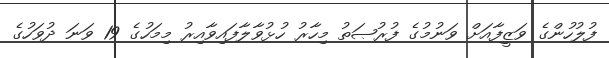
ފުލުހުންގެ ވަޒީފާއަށް ވަނުމުގެ ފުރުޞަތު މިހާރު ހުޅުވާލާފައިވާއިރު މިމަހުގެ 19 ވަނަ ދުވަހުގެ